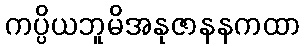
ကပ္ပိယဘူမိအနုဇာနနကထာ